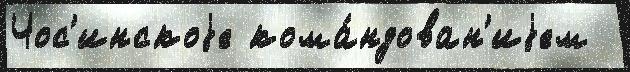
Чос'инскоjе кома́ндован'иjем